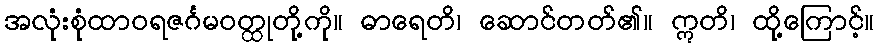
အလုံးစုံထာဝရဇင်္ဂမဝတ္ထုတို့ကို။ ဓာရေတိ၊ ဆောင်တတ်၏။ ဣတိ၊ ထို့ကြောင့်။